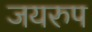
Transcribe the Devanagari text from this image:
जयरुप